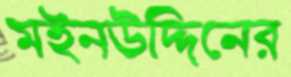
মইনউদ্দিনের